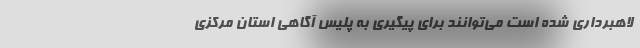
لاهبرداری شده است می‌توانند برای پیگیری به پلیس آگاهی استان مرکزی